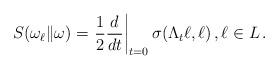
LaTeX: \begin{align*} S(\omega_\ell \| \omega) = \left. \frac{1}{2} \frac{d}{dt} \right|_{t = 0} \sigma(\Lambda_t \ell, \ell) \,, \ell \in L\,.\end{align*}